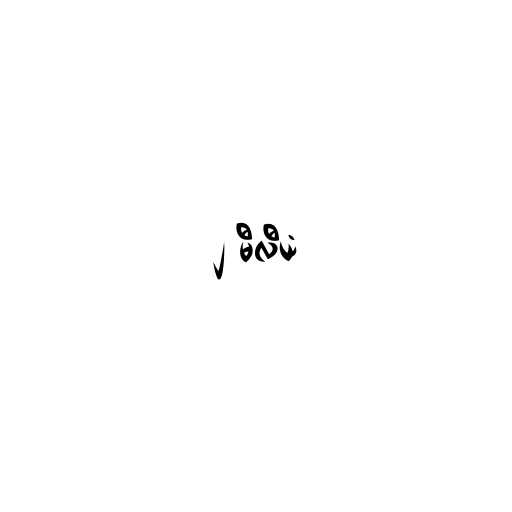
၂ မီလီယံ